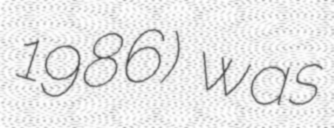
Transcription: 1986) was